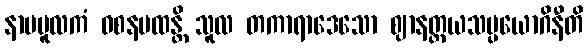
နာမမူလကံ ဝစနပထန္တိ သူလ တကာရာဒေသော ဈာနတ္တယသမ္ပယောဂိနီတိ